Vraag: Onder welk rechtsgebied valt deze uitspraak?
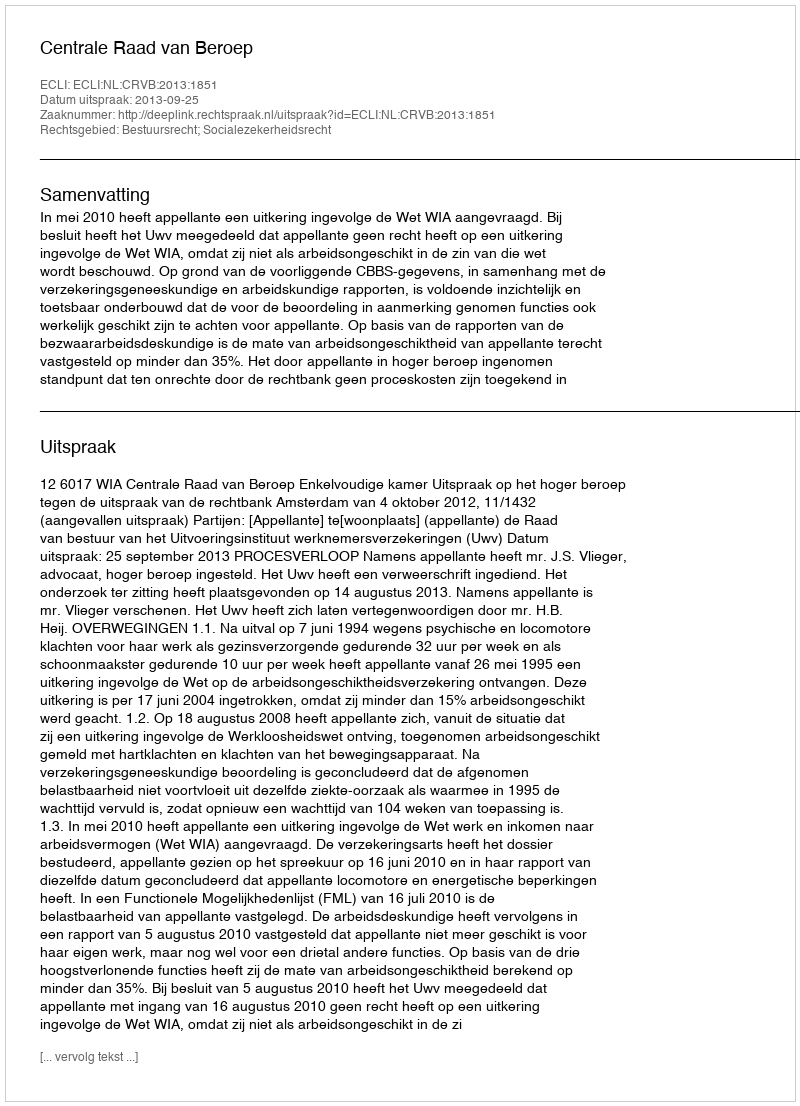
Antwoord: Bestuursrecht; Socialezekerheidsrecht